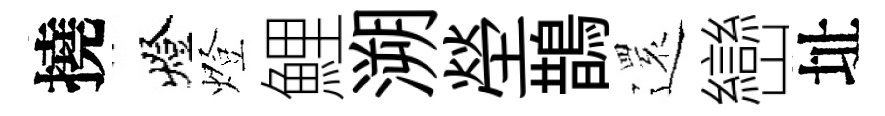
撓燈燈鯉溯塋鵲𮟃巒址